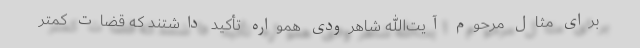
برای مثال مرحوم آیت‌الله شاهرودی همواره تأکید داشتند که قضات کمتر